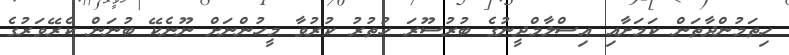
ހިތަމުންދާތަން ކަމަށާއި އިސްލާމްދީނުގެ ބުރުސޫރަ ހުތުރު ކުރުވާ މީހުންނަށް ނޫނެކޭ ބުނަން ކެރޭވަރުގެ